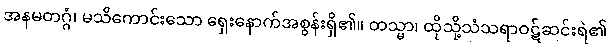
အနမတဂ္ဂံ၊ မသိကောင်းသော ရှေးနောက်အစွန်းရှိ၏။ တသ္မာ၊ ထိုသို့သံသရာဝဋ်ဆင်းရဲ၏